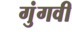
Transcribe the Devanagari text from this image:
गुंगवी